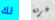
لك غرفة